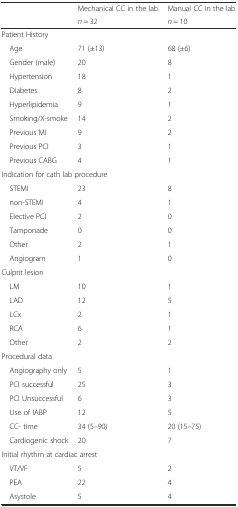
<table><thead><tr><td rowspan="2"></td><td><b>Mechanical CC in the lab</b></td><td><b>Manual CC in the lab</b></td></tr><tr><td><b><i>n</i> = 32</b></td><td><b><i>n</i> = 10</b></td></tr></thead><tbody><tr><td colspan="3">Patient History</td></tr><tr><td> Age</td><td>71 (±13)</td><td>68 (±6)</td></tr><tr><td> Gender (male)</td><td>20</td><td>8</td></tr><tr><td> Hypertension</td><td>18</td><td>1</td></tr><tr><td> Diabetes</td><td>8</td><td>2</td></tr><tr><td> Hyperlipidemia</td><td>9</td><td>1</td></tr><tr><td> Smoking/X-smoke</td><td>14</td><td>2</td></tr><tr><td> Previous MI</td><td>9</td><td>2</td></tr><tr><td> Previous PCI</td><td>3</td><td>1</td></tr><tr><td> Previous CABG</td><td>4</td><td>1</td></tr><tr><td colspan="3">Indication for cath lab procedure</td></tr><tr><td> STEMI</td><td>23</td><td>8</td></tr><tr><td> non-STEMI</td><td>4</td><td>1</td></tr><tr><td> Elective PCI</td><td>2</td><td>0</td></tr><tr><td> Tamponade</td><td>0</td><td>0</td></tr><tr><td> Other</td><td>2</td><td>1</td></tr><tr><td> Angiogram</td><td>1</td><td>0</td></tr><tr><td colspan="3">Culprit lesion</td></tr><tr><td> LM</td><td>10</td><td>1</td></tr><tr><td> LAD</td><td>12</td><td>5</td></tr><tr><td> LCx</td><td>2</td><td>1</td></tr><tr><td> RCA</td><td>6</td><td>1</td></tr><tr><td> Other</td><td>2</td><td>2</td></tr><tr><td colspan="3">Procedural data</td></tr><tr><td> Angiography only</td><td>5</td><td>1</td></tr><tr><td> PCI successful</td><td>25</td><td>3</td></tr><tr><td> PCI Unsuccessful</td><td>6</td><td>3</td></tr><tr><td> Use of IABP</td><td>12</td><td>5</td></tr><tr><td> CC- time</td><td>34 (5–90)</td><td>20 (15–75)</td></tr><tr><td> Cardiogenic shock</td><td>20</td><td>7</td></tr><tr><td colspan="3">Initial rhythm at cardiac arrest</td></tr><tr><td> VT/VF</td><td>5</td><td>2</td></tr><tr><td> PEA</td><td>22</td><td>4</td></tr><tr><td> Asystole</td><td>5</td><td>4</td></tr></tbody></table>